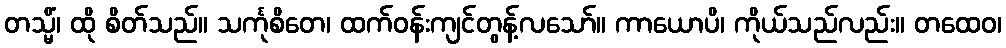
တသ္မိံ၊ ထို စိတ်သည်။ သင်္ကုစိတေ၊ ထက်ဝန်းကျင်တွန့်လသော်။ ကာယောပိ၊ ကိုယ်သည်လည်း။ တထေဝ၊